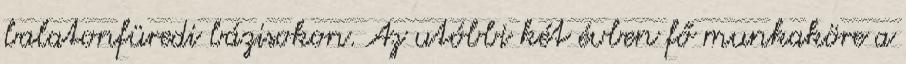
balatonfüredi bázisokon. Az utóbbi két évben fő munkaköre a